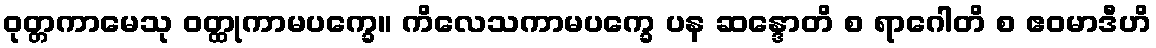
ဝုတ္တကာမေသု ဝတ္ထုကာမပက္ခေ။ ကိလေသကာမပက္ခေ ပန ဆန္ဒောတိ စ ရာဂေါတိ စ ဧဝမာဒီဟိ